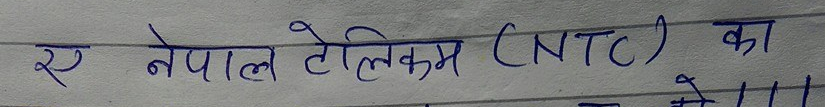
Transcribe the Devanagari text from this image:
ए नेपाल टेलिकम (NTC) का